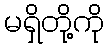
မရှိတို့ကို